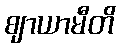
ဈာယာမီတိ